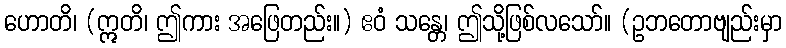
ဟောတိ၊ (ဣတိ၊ ဤကား အဖြေတည်း။) ဧဝံ သန္တေ၊ ဤသို့ဖြစ်လသော်။ (ဥဘတောဗျည်းမှာ